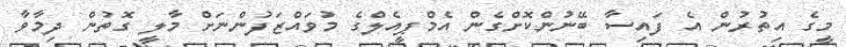
މީގެ އިތުރުން އެ ފައިސާ ބޭނުންކޮށްގެން އެމްޕީއެލްގެ މުވައްޒަފުންނަށް މާލީ ގޮތުން ދިމާވާ